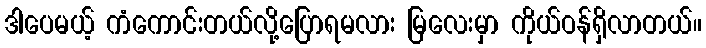
ဒါပေမယ့် ကံကောင်းတယ်လို့ပြောရမလား မြလေးမှာ ကိုယ်ဝန်ရှိလာတယ်။